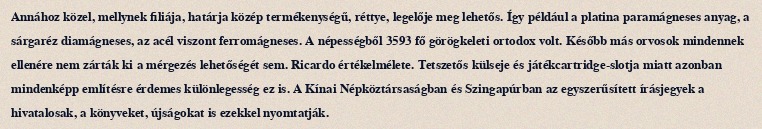
Annához közel, mellynek filiája, határja közép termékenységű, réttye, legelője meg lehetős. Így például a platina paramágneses anyag, a sárgaréz diamágneses, az acél viszont ferromágneses. A népességből 3593 fő görögkeleti ortodox volt. Később más orvosok mindennek ellenére nem zárták ki a mérgezés lehetőségét sem. Ricardo értékelmélete. Tetszetős külseje és játékcartridge-slotja miatt azonban mindenképp említésre érdemes különlegesség ez is. A Kínai Népköztársaságban és Szingapúrban az egyszerűsített írásjegyek a hivatalosak, a könyveket, újságokat is ezekkel nyomtatják.